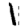
Digit: 1